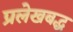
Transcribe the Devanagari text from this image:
प्रलेखबद्ध